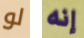
لو إنه